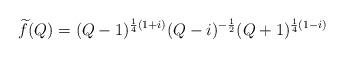
LaTeX: \begin{align*} \widetilde{f}(Q) = (Q-1)^{\frac{1}{4}(1+i)} (Q-i)^{-\frac{1}{2}} (Q+1)^{\frac{1}{4}(1-i)}\end{align*}